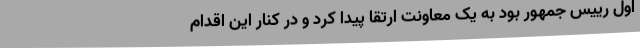
اول رییس جمهور بود به یک معاونت ارتقا پیدا کرد و در کنار این اقدام